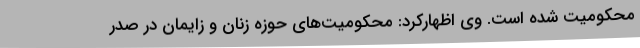
محکومیت شده است. وی اظهارکرد: محکومیت‌های حوزه زنان و زایمان در صدر